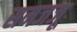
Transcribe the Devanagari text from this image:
समजजू